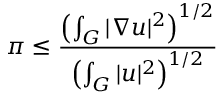
\pi \leq { \frac { \left( \int _ { G } | \nabla u | ^ { 2 } \right) ^ { 1 / 2 } } { \left( \int _ { G } | u | ^ { 2 } \right) ^ { 1 / 2 } } }